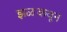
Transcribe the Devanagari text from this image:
झळकवून